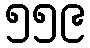
၅၅၉